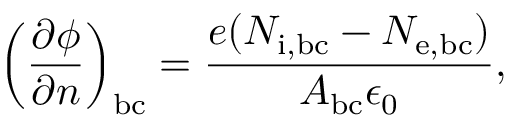
\left( \frac { \partial \phi } { \partial n } \right) _ { \mathrm { b c } } = \frac { e ( N _ { \mathrm { i , b c } } - N _ { \mathrm { e , b c } } ) } { A _ { \mathrm { b c } } \epsilon _ { 0 } } ,